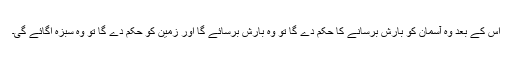
اس کے بعد وہ آسمان کو بارش برسانے کا حکم دے گا تو وہ بارش برسائے گا اور زمین کو حکم دے گا تو وہ سبزہ اگائے گی۔